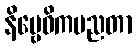
နိဗ္ဗေဓိကပညတာ